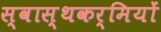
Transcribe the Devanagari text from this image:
स्वास्थकर्मियों